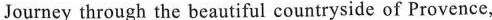
Journey through the beautiful countryside of Provence,